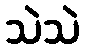
သဲသဲ